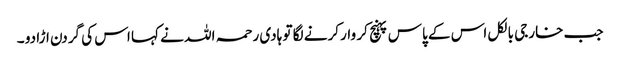
جب خارجی بالکل اس کے پاس پہنچ کر وار کرنے لگا تو ہادی رحمہ اللہ نے کہا اس کی گردن اڑا دو ۔